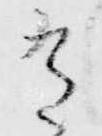
有